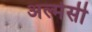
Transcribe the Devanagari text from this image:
अल्मेसी